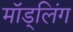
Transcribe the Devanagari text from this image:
मॉड्लिंग